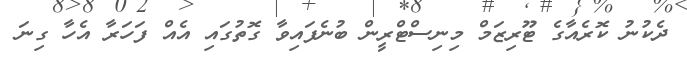
ދެކުނު ކޮރެއާގެ ޓޫރިޒަމް މިނިސްޓްރީން ބުނެފައިވާ ގޮތުގައި އެއް ފަހަރާ އެހާ ގިނަ